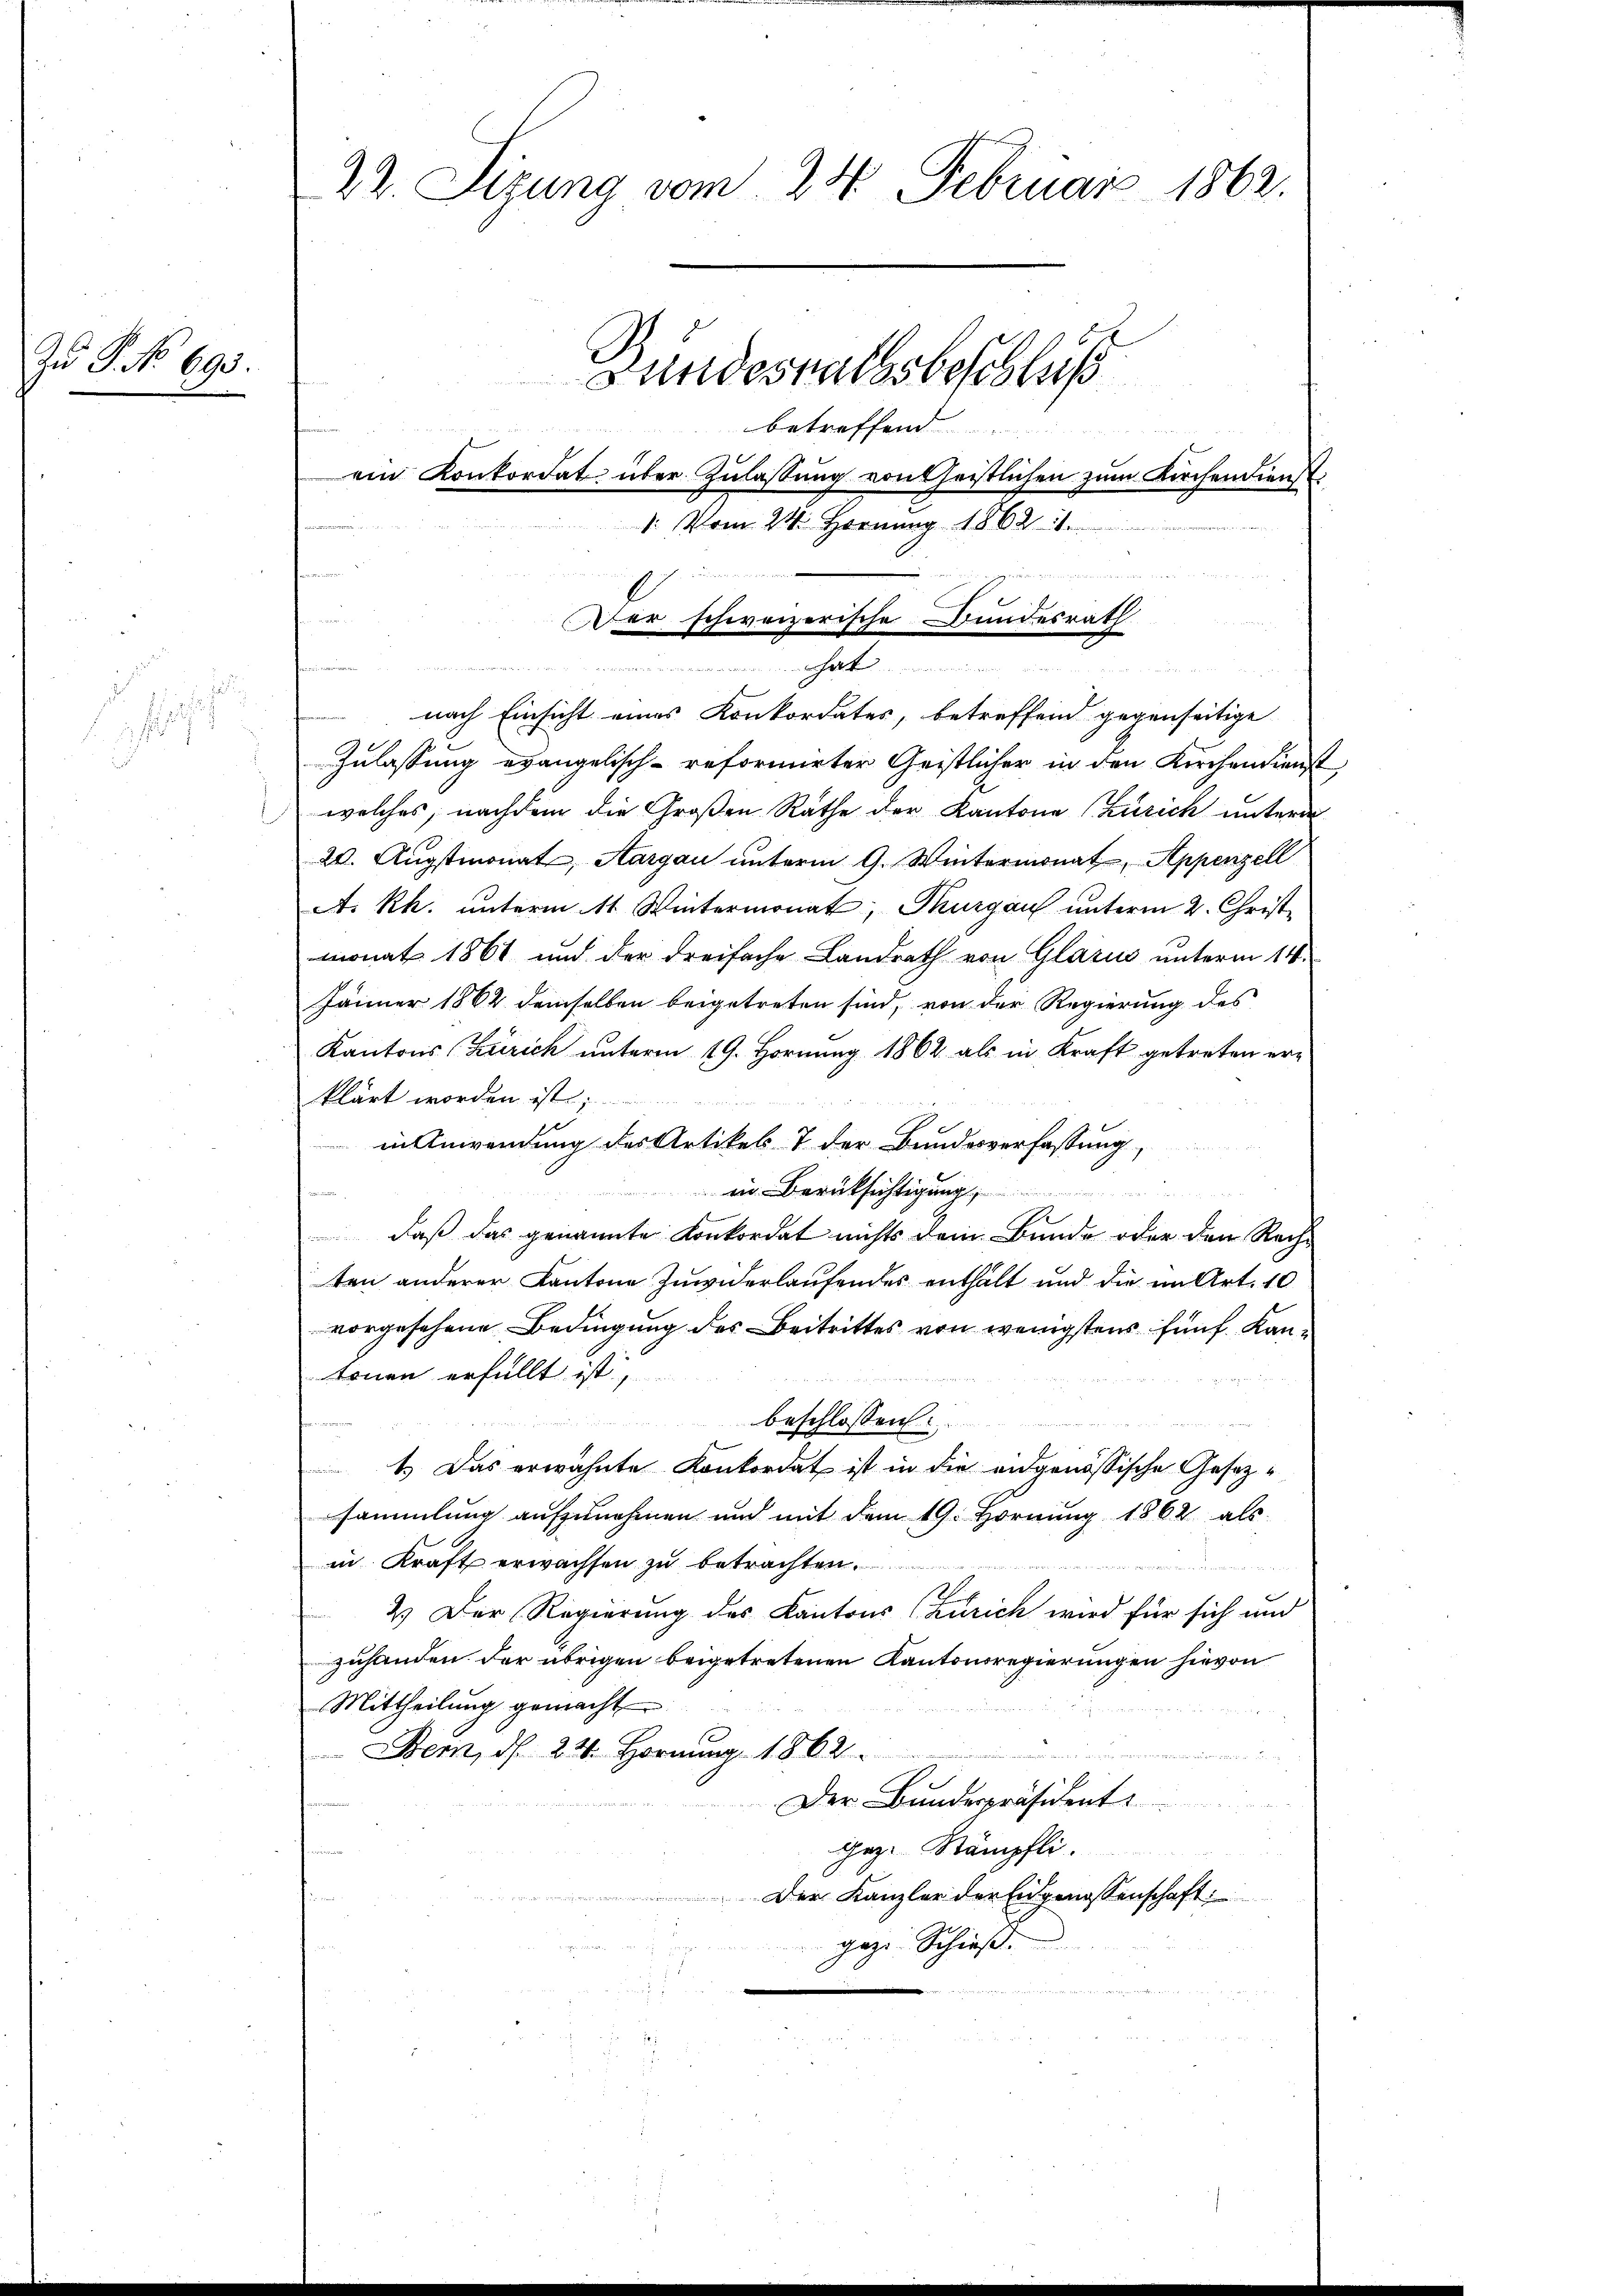
Zu P. No 693.

de

22. Sizung vom 24. Februar 1862.
Fundeshalbsbeschluß
betreffend
ein Konkordat über Zulassung von heistlichen zum Kirchendienst
: Vom 24. Hornung 1862 i

nach Einsicht eines Konkordates, betreffend gegenseitige
Zulassung evangelisch-reformirter Geistlicher in den Kirchendienst
welches, nachdem die Großen Räthe der Kantone (Zürich unterm
2. Augstmonat, Aargau unterm 9. Wintermonat Appenzell
A. Rh. unterm 11. Wintermonat, Thurgau unterm 2. Christ
monat 1861 und der dreifache Landrath von Glarus unterm 14.
Jänner 1864 demselben beigetreten sind, von der Regierung des
Kantons Zürich unterm 19. Hornung 1862 als in Kraft getreten erklärt worden ist;
in Anwendung des Artikel 7 der Bundesverfassung,
in Berücksichtigung
emeinen
daß das genannte Konkordat nichts dem Bunde oder den Rechten anderer Kantone Zuwiderlaufendes enthält und die im Art. 10
vorgesehene Bedingung des Beitrittes von wenigstens fünf Kantonen erfüllt ist,
c die Be

beschlossen.
1.) Das erwähnte Konkordat ist in die eidgenössische Gesezsammlung aufzunehmen und mit dem 19. Hornung 1862 als
in Kraft erwachsen zu betrachten.
wenn eineren werden in
2.) Der Regierung des Kantons (Zürich wird für sich und
zuhanden der übrigen beigetretenen Kantonsregierungen hievon
Mittheilung gemacht
Bem, d. 22. Hornung 1862
Der Bundespräsident
Gez. Stämpfli
Der Kanzler der Eidgenossenschaft:
geze Schieß.

u Hegnen angen w
Der schweizerische Bundesrath

d